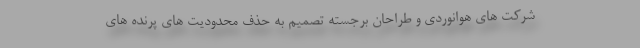
شرکت های هوانوردی و طراحان برجسته تصمیم به حذف محدودیت های پرنده های